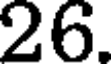
26.